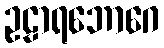
ဥဠာရဘောဂေ